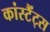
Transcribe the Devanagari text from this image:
कांस्टैंट्स